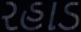
રહાડ